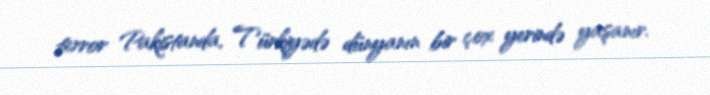
terror Pakistanda, Türkiyədə dünyanın bir çox yerində yaşanır.